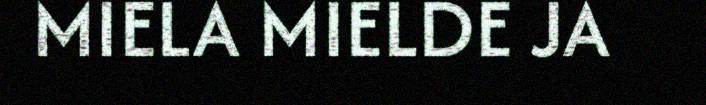
MIELA MIELDE JA